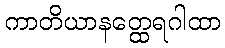
ကာတိယာနတ္ထေရဂါထာ